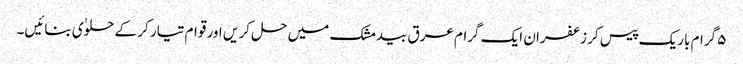
۵ گرام باریک پیس کر زعفران ایک گرام عرق بیدمشک میں حل کر یں اور قوام تیار کر کے حلوٰی بنائیں۔